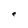
Character: e